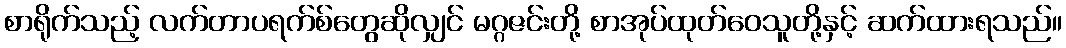
စာရိုက်သည့် လက်တာပရက်စ်တွေဆိုလျှင် မဂ္ဂဇင်းတို့ စာအုပ်ထုတ်ဝေသူတို့နှင့် ဆက်ထားရသည်။